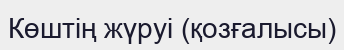
Көштің жүруі (қозғалысы)